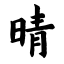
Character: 晴